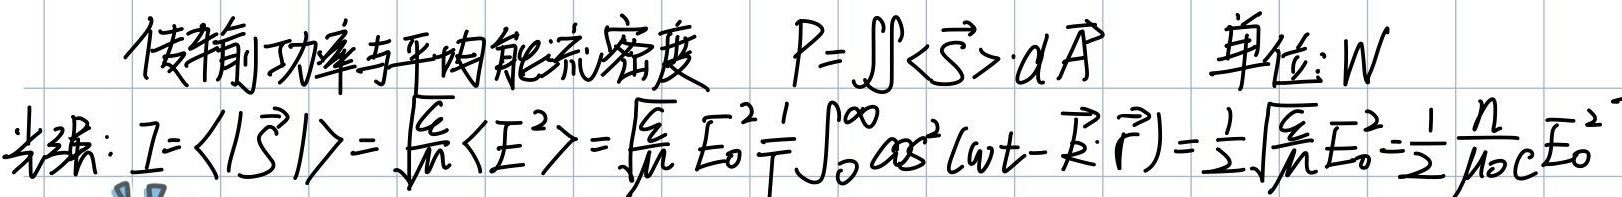
传输功率与平均能流密度 \(P = \iint \langle \vec{S} \rangle \cdot d\vec{A}\)，单位: W。光强: \(I = \langle |\vec{S}| \rangle = \sqrt{\frac{\varepsilon}{\mu}} \langle E^{2} \rangle = \sqrt{\frac{\varepsilon}{\mu}} E_{0}^{2} \frac{1}{T} \int_{0}^{T} \cos^{2}(\omega t - \vec{k} \cdot \vec{r})dt = \frac{1}{2} \sqrt{\frac{\varepsilon}{\mu}} E_{0}^{2} = \frac{1}{2} \frac{n}{\mu_{0}c} E_{0}^{2}\) 。